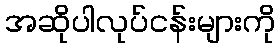
အဆိုပါလုပ်ငန်းများကို